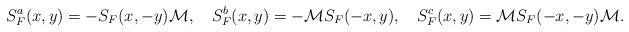
LaTeX: \begin{align*}S^a_F(x,y) = -S_F(x,-y){\cal M}, \hspace{0.4cm} S_F^b(x,y) = -{\cal M} S_F(-x,y), \hspace{0.4cm} S^c_F(x,y) = {\cal M} S_F(-x,-y) {\cal M}.\end{align*}